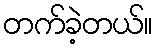
တက်ခဲ့တယ်။